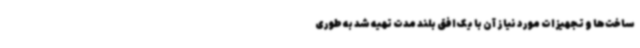
ساخت‌ها و تجهیزات مورد نیاز آن با یک افق بلند مدت تهیه شد به طوری